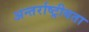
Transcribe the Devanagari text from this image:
अन्तर्राष्ट्रीयता